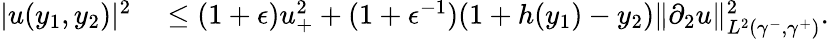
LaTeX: \begin{array}{rl}{|u(y_{1},y_{2})|^{2}}&{{}\leq(1+\epsilon)u_{+}^{2}+(1+\epsilon^{-1})(1+h(y_{1})-y_{2})\| \partial_{2}u\| _{L^{2}(\gamma^{-},\gamma^{+})}^{2}.}\end{array}